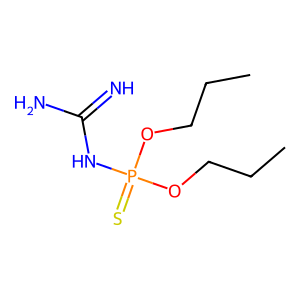
SMILES: CCCOP(=S)(NC(=N)N)OCCC
Inhibits HIV replication: No